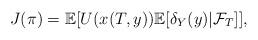
LaTeX: \begin{align*}J(\pi)=\mathbb{E}[ U(x(T,y)) \mathbb{E}[\delta_Y(y)|\mathcal{F}_T]],\end{align*}